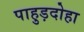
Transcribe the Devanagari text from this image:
पाहुड़दोहा